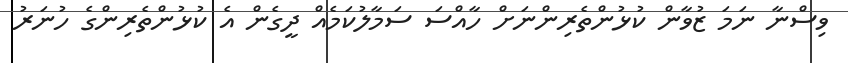
ވިސްނާ ނަމަ ޒުވާން ކުޅުންތެރިންނަށް ހާއްސަ ސަމާލުކަމެއް ދީގެން އެ ކުޅުންތެރިންގެ ހުނަރު